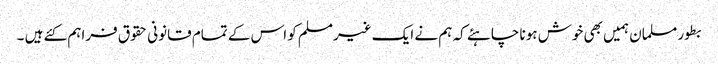
بطور مسلمان ہمیں بھی خوش ہونا چاہئے کہ ہم نے ایک غیرمسلم کو اس کے تمام قانونی حقوق فراہم کئے ہیں ۔